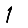
Digit: 1